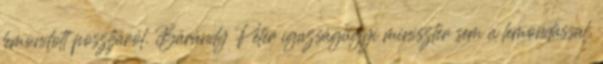
lemondott posztjáról. Bárándy Péter igazságügyi miniszter sem a lemondással,